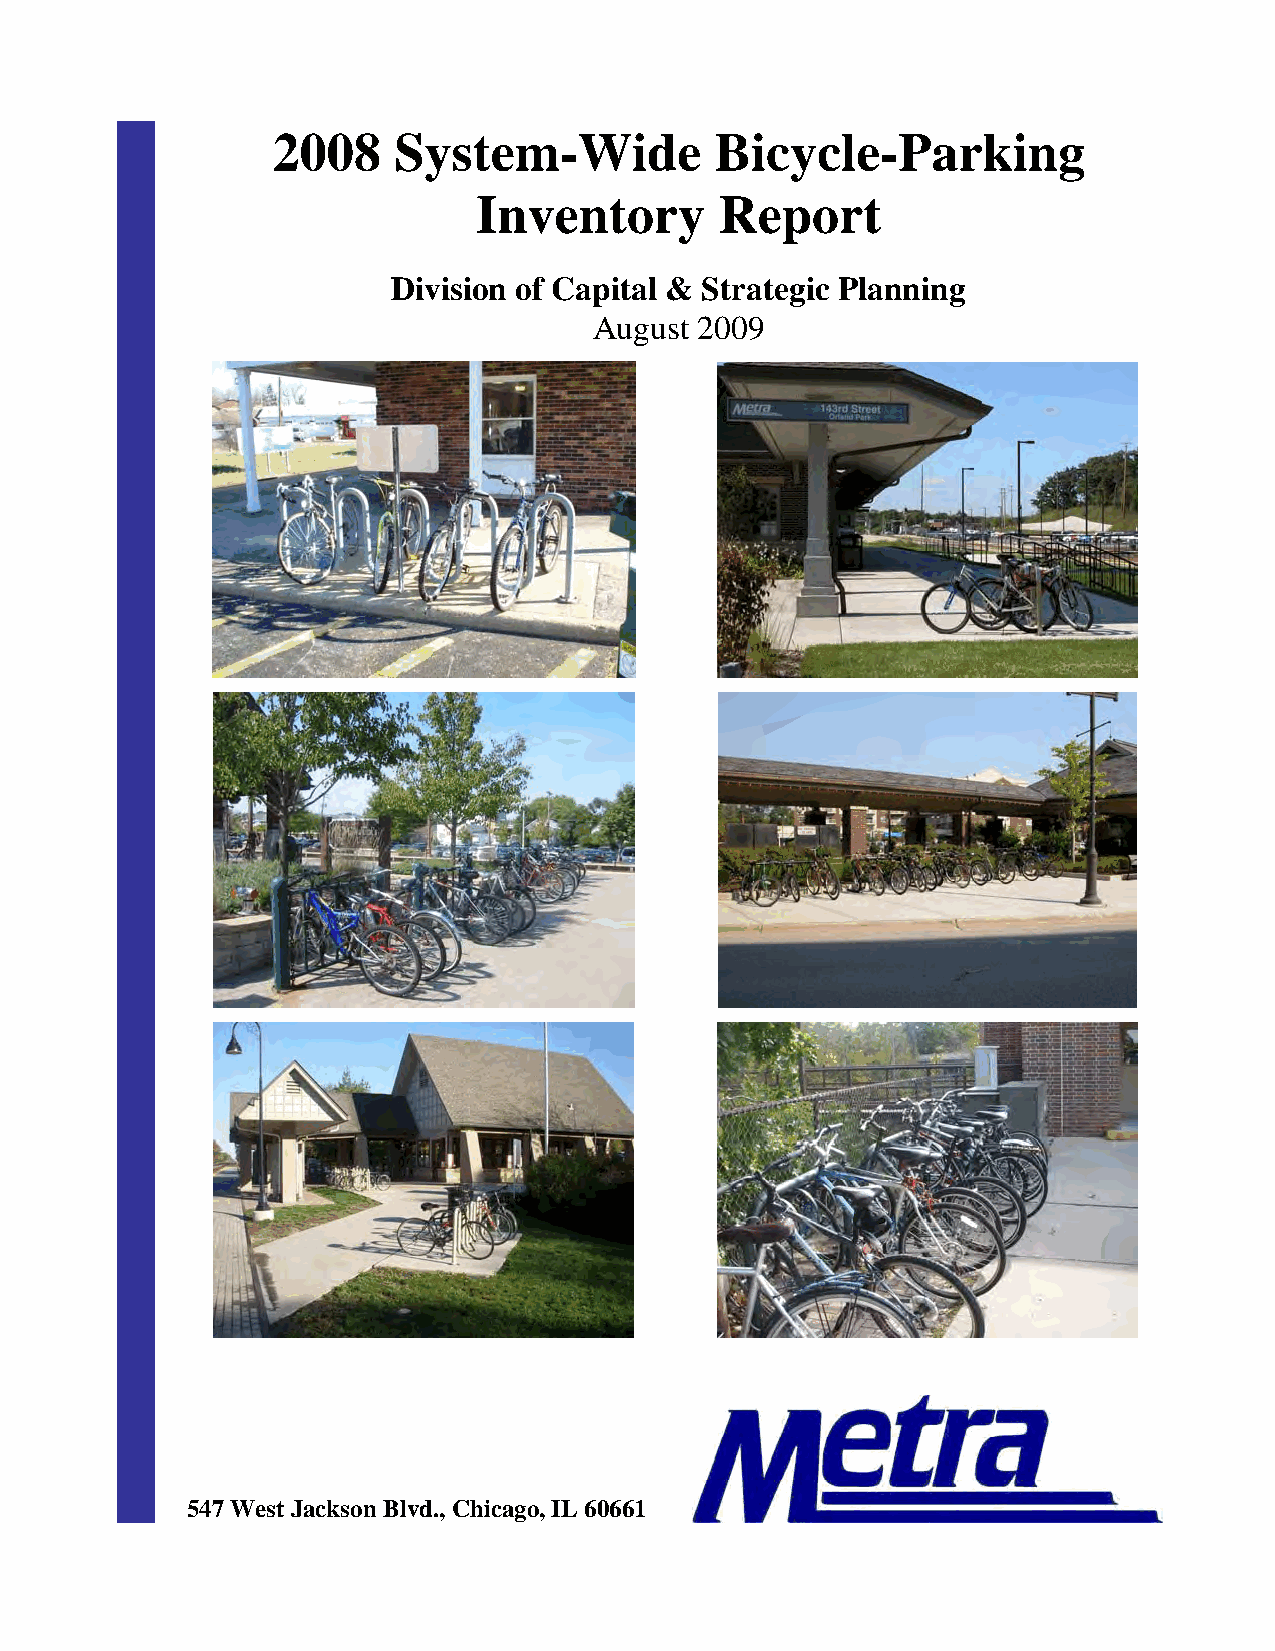
2008    System-Wide          Bicycle-Parking
 Inventory       Report
 Division of Capital & Strategic Planning
 August 2009
 547 West Jackson Blvd., Chicago, IL 60661